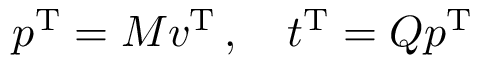
p ^ { \mathrm { T } } = M v ^ { \mathrm { T } } \, , \quad t ^ { \mathrm { T } } = Q p ^ { \mathrm { T } }